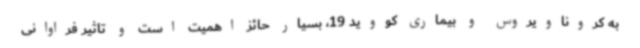
به کروناویروس و بیماری کووید 19، بسیار حائز اهمیت است و تاثیر فراوانی